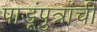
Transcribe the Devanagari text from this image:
पाडूंपुत्रांची